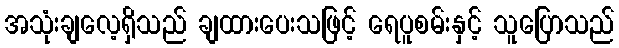
အသုံးချလေ့ရှိသည် ချထားပေးသဖြင့် ရေပူစမ်းနှင့် သူပြောသည်